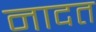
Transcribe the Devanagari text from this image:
नादत